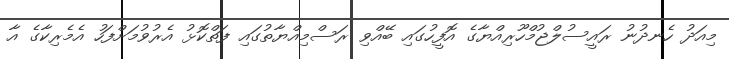
މިއަދު ހެނދުނު ރައީސުލްޖުމްހޫރިއްޔާގެ އޮފީހުގައި ބޭއްވި ރަސްމިއްޔާތުގައި ފަތްކޮޅު އެރުވުމަށްފަހު އެމެރިކާގެ އާ